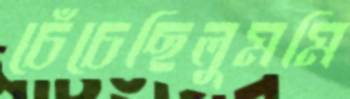
চেঁচেছিলুমমি